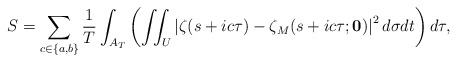
\begin{align*}S = \sum_{c\in\{a,b\}}\frac{1}{T}\int_{A_T}\left(\iint_U \left|\zeta(s+ic\tau)-\zeta_M(s+ic\tau;\mathbf{0})\right|^2 d\sigma dt\right)d\tau,\end{align*}